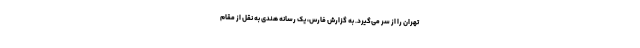
تهران را از سر می‌گیرد. به گزارش فارس، یک رسانه هندی به نقل از مقام